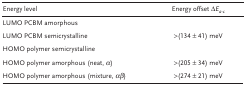
| Energy level | Energy offset ΔEa‐c |
 | --- | --- |
 | LUMO PCBM amorphous |  |
 | LUMO PCBM semicrystalline | >(134 ± 41) meV |
 | HOMO polymer semicrystalline |  |
 | HOMO polymer amorphous (neat, α) | >(205 ± 34) meV |
 | HOMO polymer amorphous (mixture, αβ) | >(274 ± 21) meV |